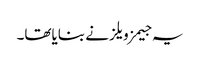
یہ جیمز ویلز نے بنایاتھا۔